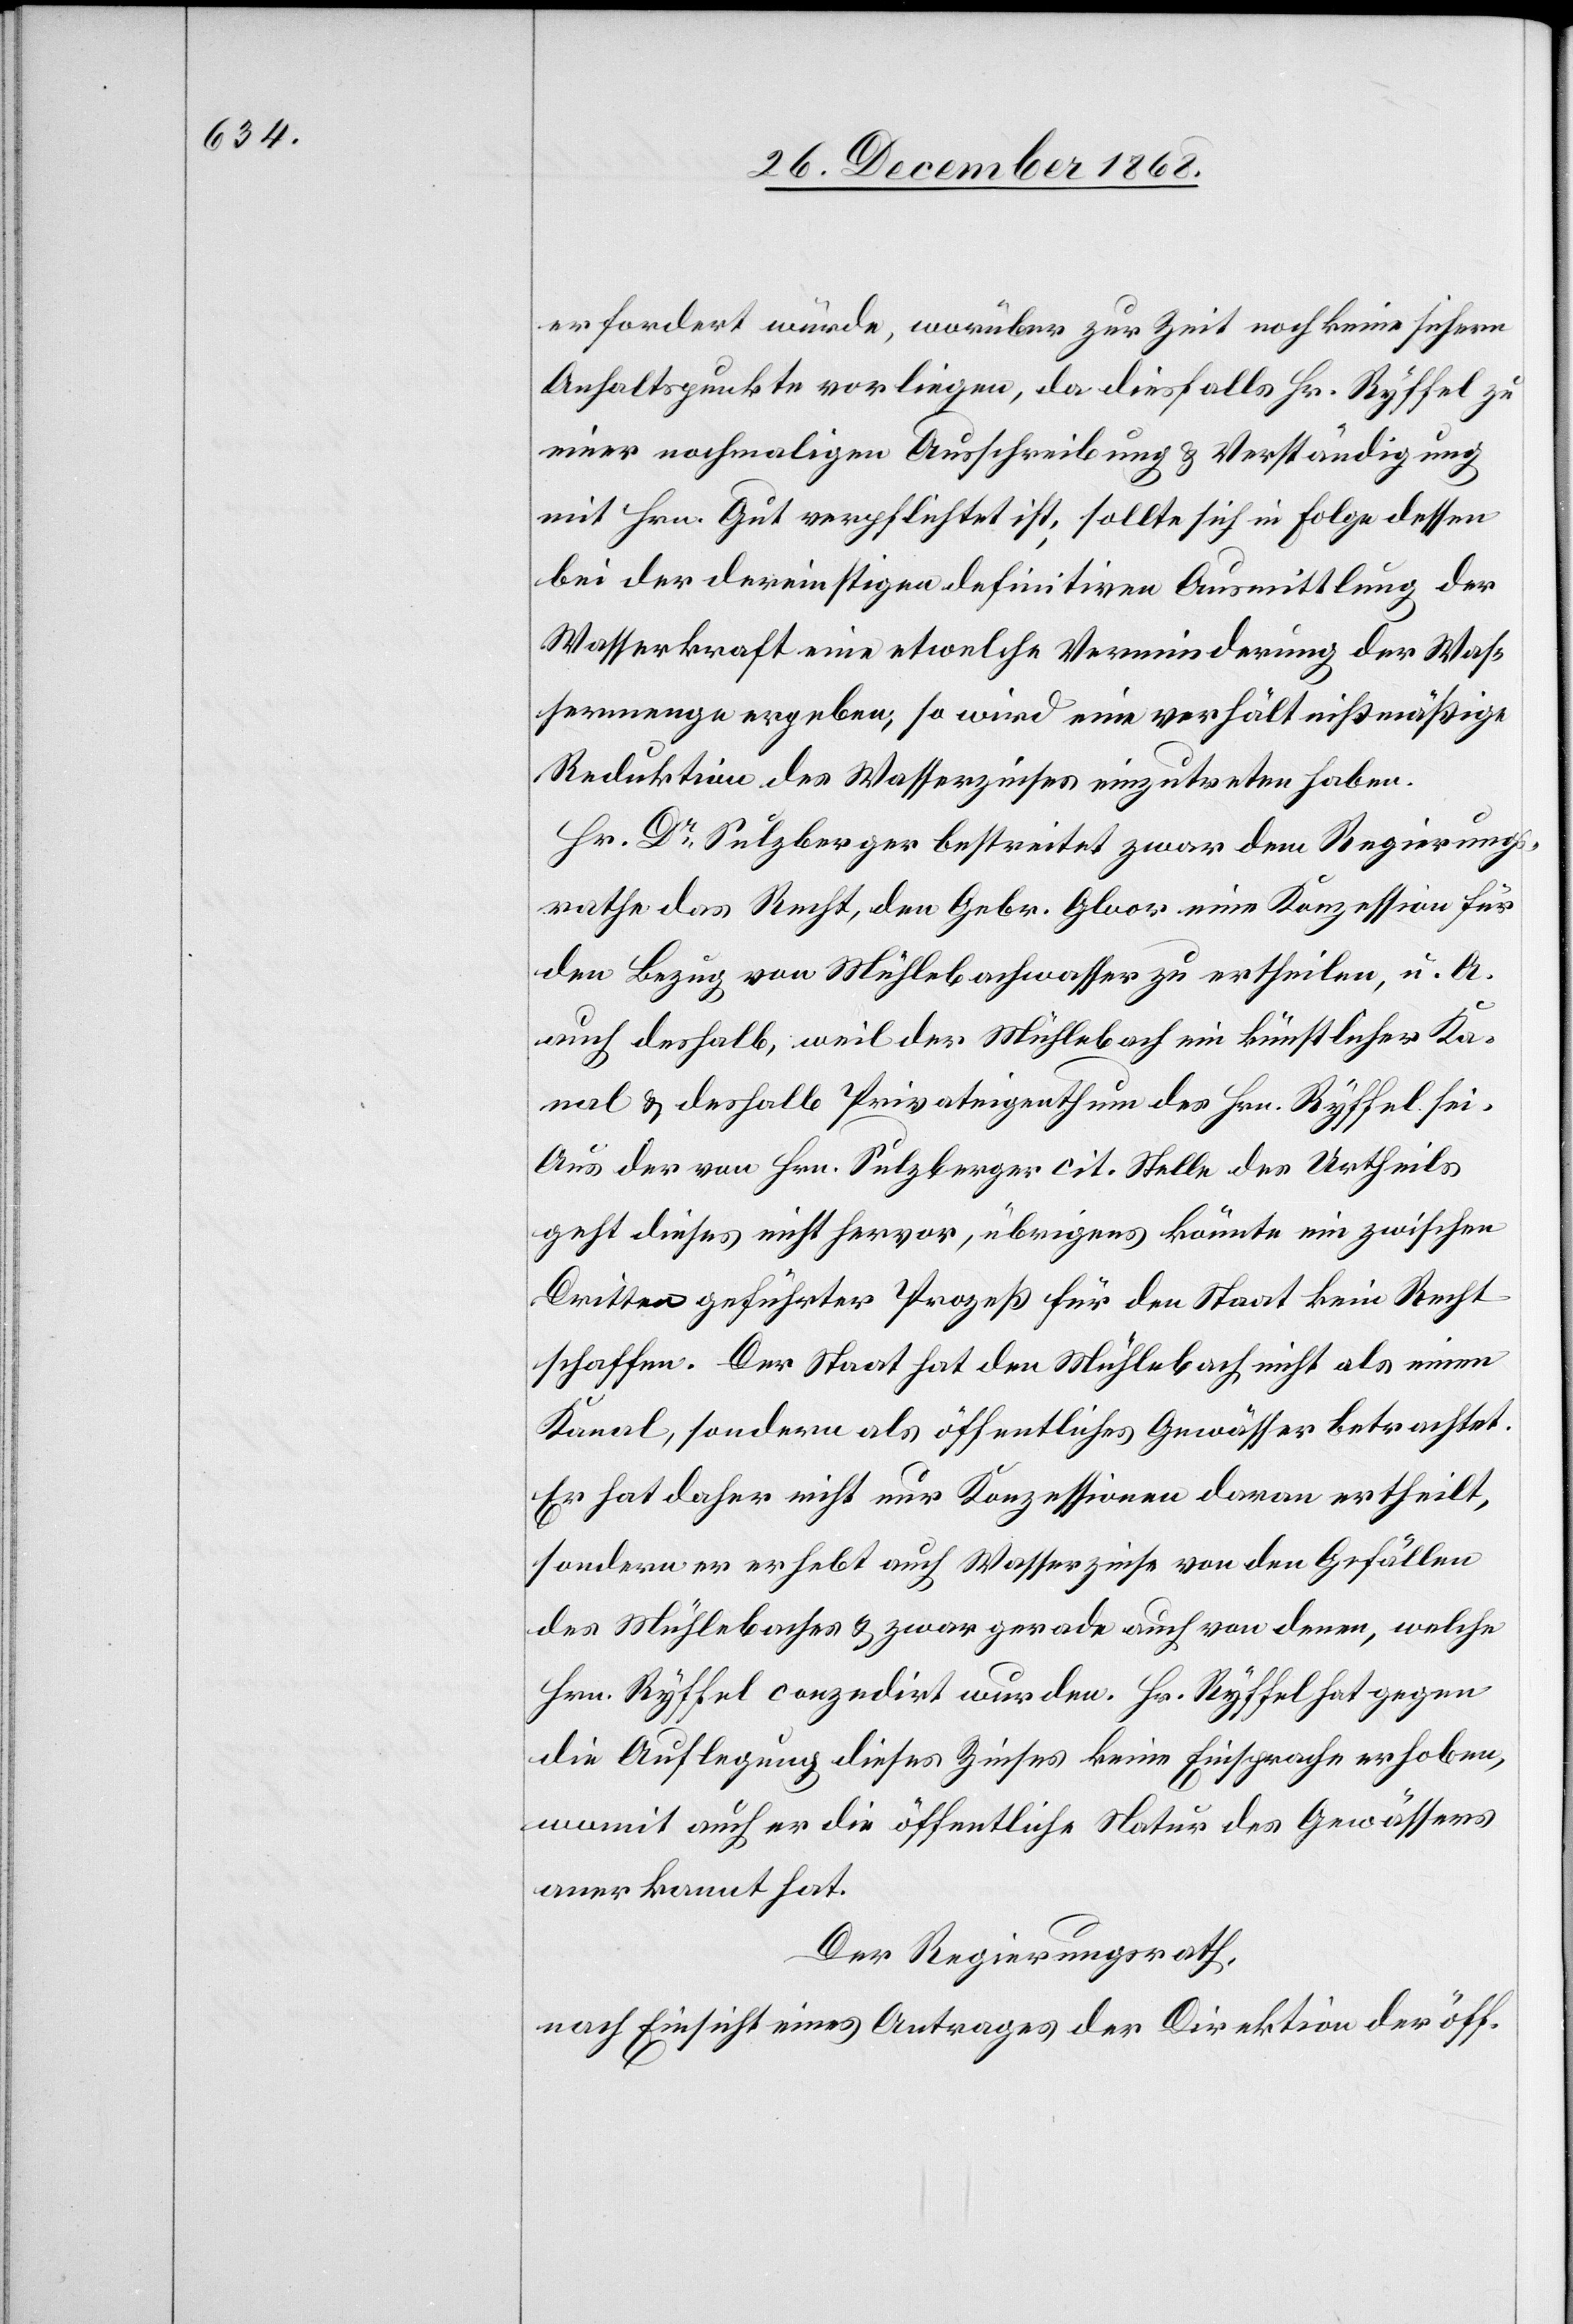
erfordert würde, worüber zur Zeit noch keine sichern
Anhaltspunkte vorliegen, da diesfalls Hr. Ryffel zu
einer nochmaligen Ausschreibung & Verständigung
mit Hrn. Gut verpflichtet ist; sollte sich in Folge dessen
bei der dereinstigen definitiven Ausmittlung der
Wasserkraft eine etwelche Verminderung der Was¬
sermenge ergeben, so wird eine verhältnißmäßige
Reduktion des Wasserzinses einzutreten haben.
Hr. Dr Sulzberger bestreitet zwar dem Regierungs¬
rathe das Recht, den Gebr. Gloor eine Konzession für
den Bezug von Mühlebachwasser zu ertheilen, u. A.
auch deshalb, weil der Mühlebach ein künstlicher Ka¬
nal & deshalb Privateigenthum des Hrn. Ryffel sei.
Aus der von Hrn. Sulzberger cit. Stelle des Urtheils
geht dieses nicht hervor, übrigens könnte ein zwischen
Dritten geführter Prozeß für den Staat kein Recht
schaffen. Der Staat hat den Mühlebach nicht als einen
Kanal, sondern als öffentliches Gewässer betrachtet.
Er hat daher nicht nur Konzessionen daran ertheilt,
sondern er erhebt auch Wasserzinse von den Gefällen
des Mühlebaches & zwar gerade auch von denen, welche
Hrn. Ryffel conzedirt wurden. Hr. Ryffel hat gegen
die Auflegung dieses Zinses keine Einsprache erhoben,
womit auch er die öffentliche Natur des Gewässers
anerkannt hat.
Der Regierungsrath,
nach Einsicht eines Antrages der Direktion der öff.